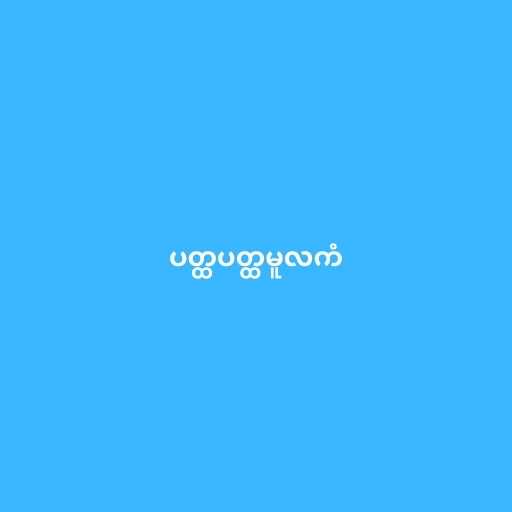
ပတ္ထပတ္ထမူလကံ